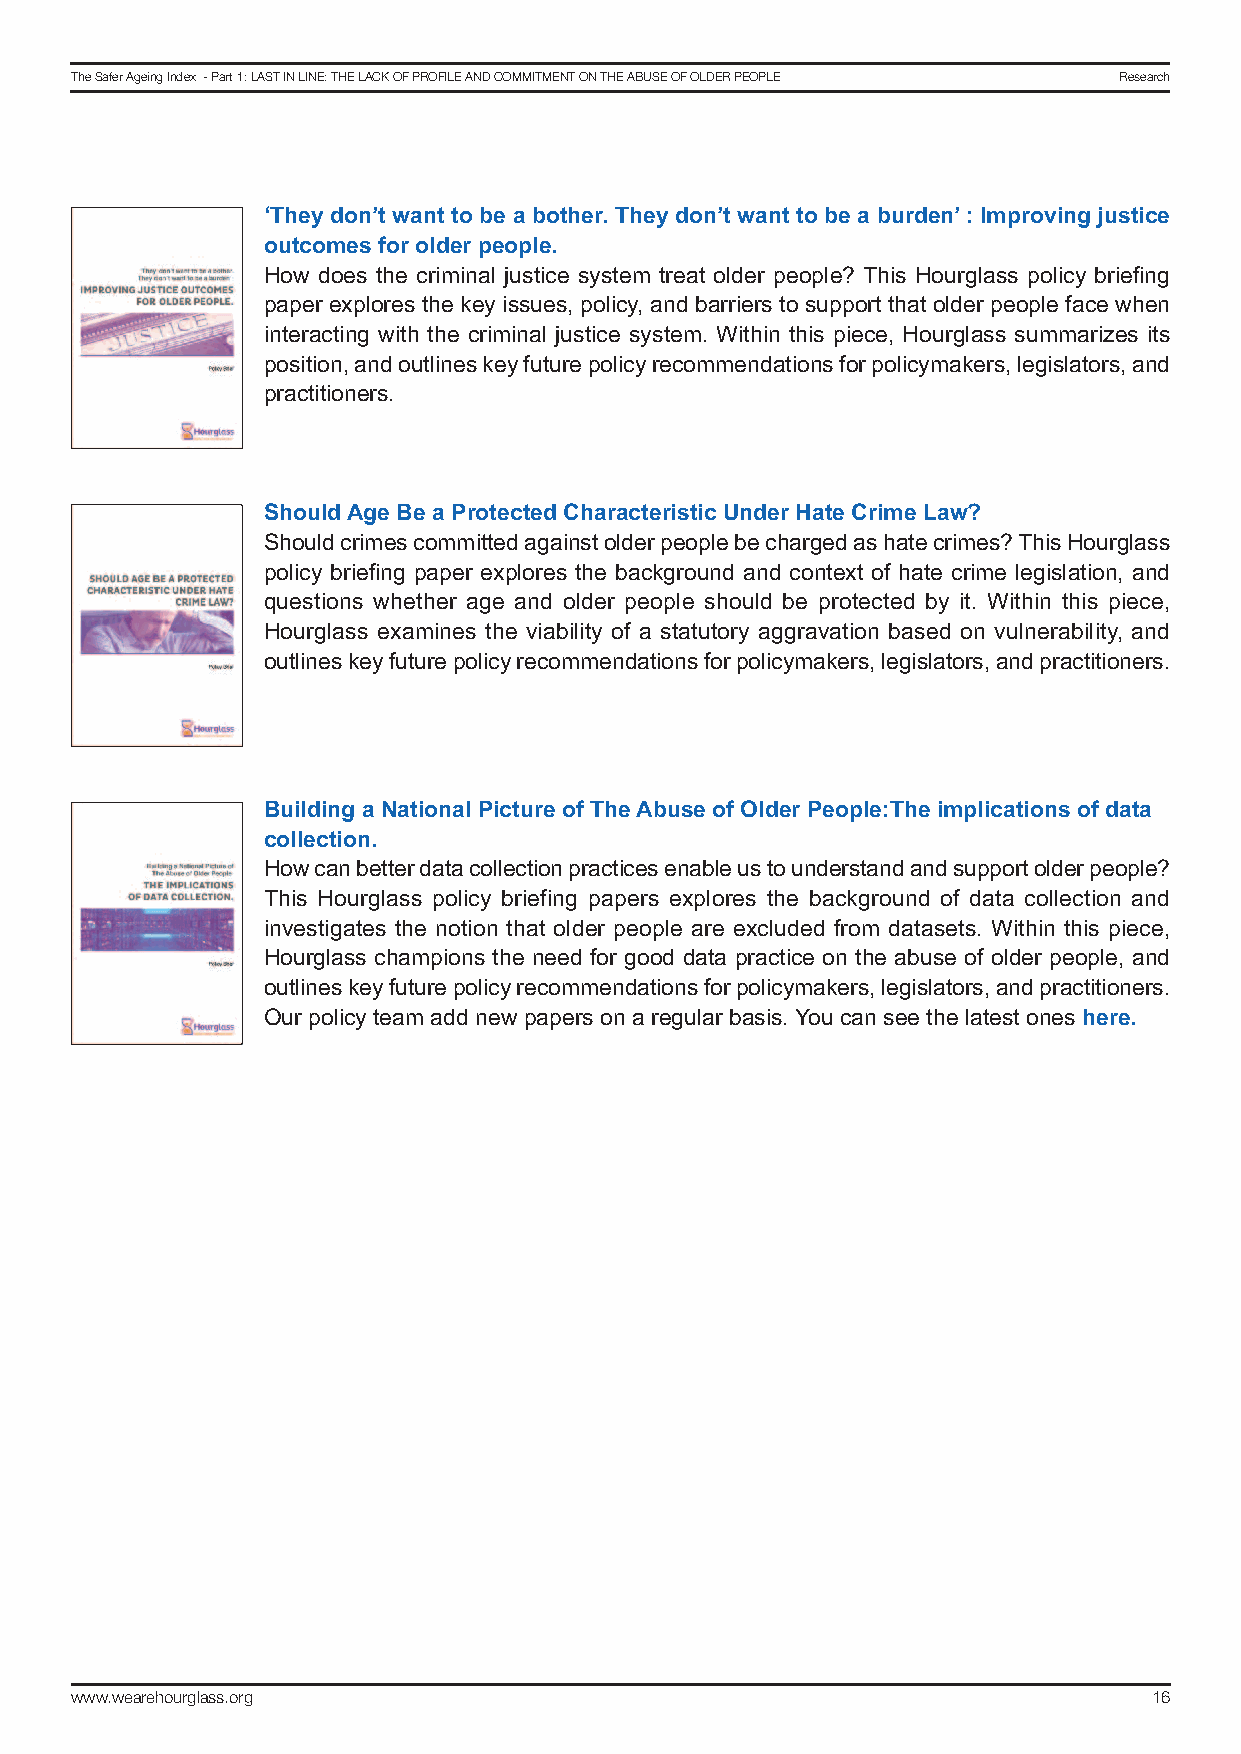
The Safer Ageing Index - Part 1: LAST In LIne: The LAck of ProfILe And commITmenT on The AbuSe of oLder PeoPLe research
 ‘They don’t want to be a bother. They don’t want to be a burden’ : Improving justice
 outcomes for older people.
 How does the criminal justice system treat older people? This Hourglass policy briefing
 paper explores the key issues, policy, and barriers to support that older people face when
 interacting with the criminal justice system. Within this piece, Hourglass summarizes its
 position, and outlines key future policy recommendations for policymakers, legislators, and
 practitioners.
 Should Age Be a Protected Characteristic Under Hate Crime Law?
 Should crimes committed against older people be charged as hate crimes? This Hourglass
 policy briefing paper explores the background and context of hate crime legislation, and
 questions whether age and older people should be protected by it. Within this piece,
 Hourglass examines the viability of a statutory aggravation based on vulnerability, and
 outlines key future policy recommendations for policymakers, legislators, and practitioners.
 Building a National Picture of The Abuse of Older People:The implications of data
 collection.
 How can better data collection practices enable us to understand and support older people?
 This Hourglass policy briefing papers explores the background of data collection and
 investigates the notion that older people are excluded from datasets. Within this piece,
 Hourglass champions the need for good data practice on the abuse of older people, and
 outlines key future policy recommendations for policymakers, legislators, and practitioners.
 Our policy team add new papers on a regular basis. You can see the latest ones here.
 www.wearehourglass.org                                                 16